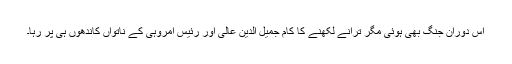
اس دوران جنگ بھی ہوئی مگر ترانے لکھنے کا کام جمیل الدین عالی اور رئیس امروہی کے ناتواں کاندھوں ہی پر رہا۔